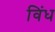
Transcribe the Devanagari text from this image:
विंध